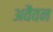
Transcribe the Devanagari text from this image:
अवैवन